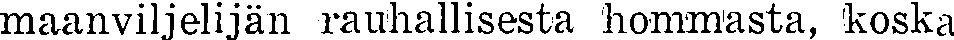
maanviljelijän rauhallisesta hommasta, koska